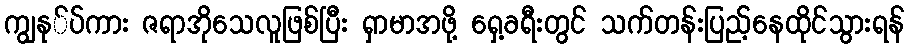
ကျွနု်ပ်ကား ဇရာအိုသေလူဖြစ်ပြီး ရှာမာအဖို့ ရှေ့ခရီးတွင် သက်တန်းပြည့်နေထိုင်သွားရန်